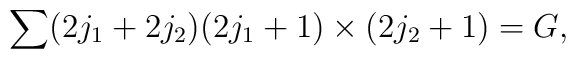
\sum (2j_{1}+2j_{2})(2j_{1}+1)\times (2j_{2}+1)=G ,